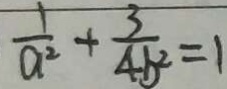
\frac { 1 } { a ^ { 2 } } + \frac { 3 } { 4 b ^ { 2 } } = 1